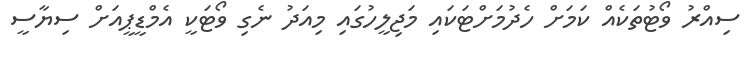
ސިއްރު ވޯޓުތަކެއް ކަމަށް ހެދުމަށްޓަކައި މަޖިލީހުގައި މިއަދު ނެގި ވޯޓަކީ އެމްޑީޕީއަށް ސިޔާސީ